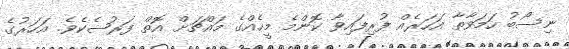
ނިސޯބު ހަމަވާތާ އަހަރެއް ފުރިފައިވާ ކޮންމެ މީހެއްގެ މައްޗަށް އޮތް ފަރުޟެކެވެ. އަހަރުގެ